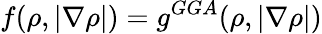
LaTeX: f(\rho,|\nabla\rho|)=g^{GGA}(\rho,|\nabla\rho|)